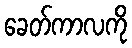
ခေတ်ကာလကို